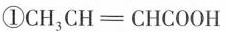
①CH_{3}CH \xlongequal[]{} CHCOOH